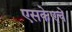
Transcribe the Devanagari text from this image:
एसकेएचे